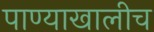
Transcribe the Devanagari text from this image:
पाण्याखालीच